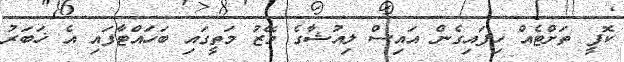
ކޮފީ ތަށްޓެއް ހިފައިގެން އައިސް ލިއުޝާގެ މޭޒު މަތީގައި ބަހައްޓާފައި އެ ޚަބަރު